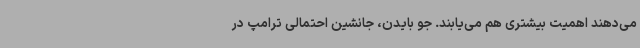
می‌دهند اهمیت بیشتری هم می‌یابند. جو بایدن، جانشین احتمالی ترامپ در